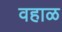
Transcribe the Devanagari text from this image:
वहाळ